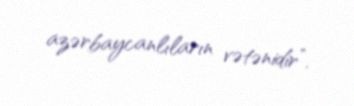
azərbaycanlıların vətənidir”.